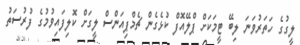
ލީގުގެ ހަތަރުވަނަ ލިބޭ ޓީމަކަށް ޕްލޭއޮފް ކުޅެގެން ޗެމްޕިއަންސް ލީގަށް ކޮލިފައިވުމުގެ ފުރުސަތު